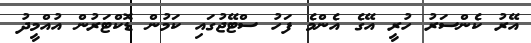
އޭރު ކެންސަރު ހުރީ އޭގެ އެންމެ ފަހު ސްޓޭޖުގައި ކަމުން ޑޮކްޓަރުން އުއްމީދު